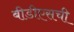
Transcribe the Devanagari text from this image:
बीडीएसची